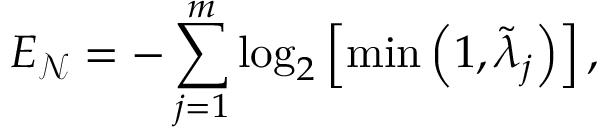
E _ { \mathcal { N } } = - \sum _ { j = 1 } ^ { m } \log _ { 2 } \left[ \operatorname* { m i n } \left( 1 , \tilde { \lambda } _ { j } \right) \right] ,